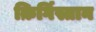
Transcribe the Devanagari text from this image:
क़िर्गिस्तान